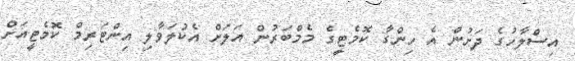
އިސްލާހުގެ ދަށުން އެ ހިންގާ ކޮމެޓީގެ މެމްބަރުން އަލަށް އެކުލަވާލި އިންޓަރިމް ކޮމެޓީއަށް